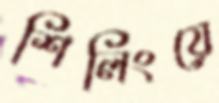
শিলিংয়ে